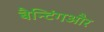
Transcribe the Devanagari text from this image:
बैन्टिंगऔर